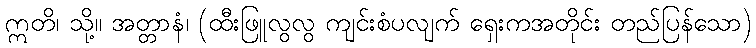
ဣတိ၊ သို့။ အတ္တာနံ၊ (ထီးဖြူလွလွ ကျင်းစံပလျက် ရှေးကအတိုင်း တည်ပြန်သော)